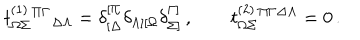
LaTeX: t _ { \Omega \Sigma } ^ { ( 1 ) } { } ^ { \Pi \Gamma } { } _ { \Delta \Lambda } = \delta _ { [ \Delta } ^ { [ \Pi } \delta _ { \Lambda ] [ \Omega } \delta _ { \Sigma ] } ^ { \Gamma ] } \, , \qquad t _ { \Omega \Sigma } ^ { ( 2 ) } { } ^ { \Pi \Gamma \Delta \Lambda } = 0 \, .